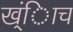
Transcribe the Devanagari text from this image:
ख्ंिाच